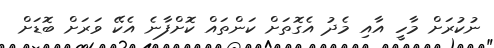
ނުކުރަށް މާހީ އާއި މެދު އެގޮތަށް ކަންތައް ކޮށްފާނެ އެކޭ ވަރަށް ބޮޑަށް